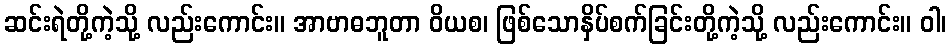
ဆင်းရဲတို့ကဲ့သို့ လည်းကောင်း။ အာဗာဓဘူတာ ဝိယစ၊ ဖြစ်သောနှိပ်စက်ခြင်းတို့ကဲ့သို့ လည်းကောင်း။ ဝါ၊